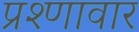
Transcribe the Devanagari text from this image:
प्रश्णावार